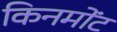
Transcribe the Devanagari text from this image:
किनमोंट